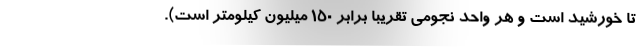
تا خورشید است و هر واحد نجومی تقریبا برابر ۱۵۰ میلیون کیلومتر است).